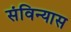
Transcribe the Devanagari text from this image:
संविन्यास